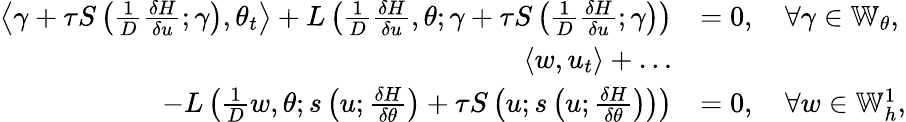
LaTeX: \begin{array}{rl}{\left\langle\gamma+\tau S\left(\frac{1}{D}\frac{\delta H}{\delta u};\gamma\right),\theta_{t}\right\rangle+L\left(\frac{1}{D}\frac{\delta H}{\delta u},\theta;\gamma+\tau S\left(\frac{1}{D}\frac{\delta H}{\delta u};\gamma\right)\right)}&{=0,\quad\forall\gamma\in\mathbb{W}_{\theta},}\\ {\left\langle w,u_{t}\right\rangle+\ldots}&{}\\ {\qquad-L\left(\frac{1}{D}w,\theta;s\left(u;\frac{\delta H}{\delta\theta}\right)+\tau S\left(u;s\left(u;\frac{\delta H}{\delta\theta}\right)\right)\right)}&{=0,\quad\forall w\in\mathbb{W}_{h}^{1},}\end{array}